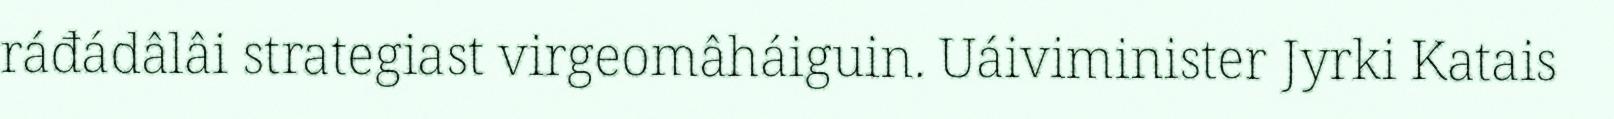
ráđádâlâi strategiast virgeomâháiguin. Uáiviminister Jyrki Katais